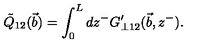
\tilde { Q } _ { 1 2 } ( \vec { b } ) = \int _ { 0 } ^ { L } d z ^ { - } G _ { \bot 1 2 } ^ { \prime } ( { \vec { b } } , z ^ { - } ) .